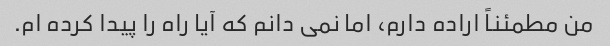
من مطمئناً اراده دارم، اما نمی دانم که آیا راه را پیدا کرده ام.